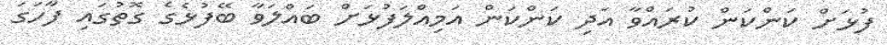
ފުޅަށް ކަންކަން ކުރައްވާ އަދި ކަންކަން އަމިއްލަފުޅަށް ބައްލަވާ ބޭފުޅެގެ ގޮތުގައި ފާހަގަ